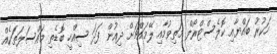
ހަކުރު ބައްޔާއި ކޮލެސްޓްރޯލް މަތިވުމާއި ލޭމައްޗަށް ދިއުން ފަދަ ސިއްހީ ބޮޑެތި މައްސަލަތަކެއް